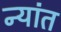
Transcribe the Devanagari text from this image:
न्यांत